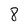
Character: 8